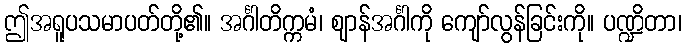
ဤအရူပသမာပတ်တို့၏။ အင်္ဂါတိက္ကမံ၊ ဈာန်အင်္ဂါကို ကျော်လွန်ခြင်းကို။ ပဏ္ဍိတာ၊